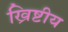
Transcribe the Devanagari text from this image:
ख्रिष्टीय